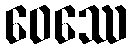
ဝေဿေ